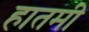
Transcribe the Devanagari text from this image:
हातमी